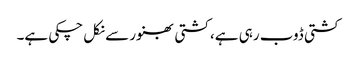
کشتی ڈوب رہی ہے، کشتی بھنور سے نکل چکی ہے۔